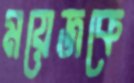
ময়েজকে